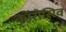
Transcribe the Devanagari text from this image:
कॉरोसिव